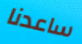
ساعدنا